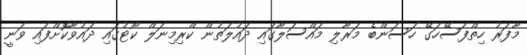
މާފަރު ހިތްފަސޭހަގޭ ހަސަންބެ މަރާލި މައްސަލާގައި ދައުލަތުން ކްރިމިނަލް ކޯޓުގައި ދައުވާކޮށްފައި ވަނީ